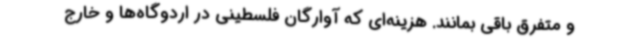
و متفرق باقی بمانند. هزینه‌ای که آوارگان فلسطینی در اردوگاه‌ها و خارج